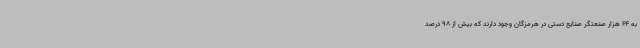
به 64 هزار صنعتگر صنایع دستی در هرمزگان وجود دارند که بیش از 98 درصد